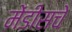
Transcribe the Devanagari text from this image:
मेंडीसचे